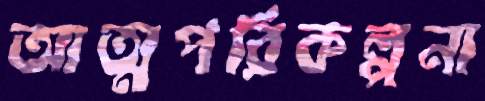
আত্মপরিকল্পনা